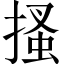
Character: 搔